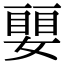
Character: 𡡜